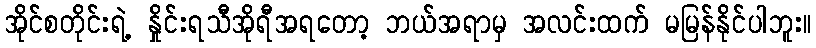
အိုင်စတိုင်းရဲ့ နှိုင်းရသီအိုရီအရတော့ ဘယ်အရာမှ အလင်းထက် မမြန်နိုင်ပါဘူး။